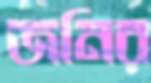
জনির